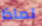
لماذا